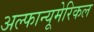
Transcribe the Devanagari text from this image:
अल्फान्यूमेरिकल